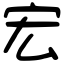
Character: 宏